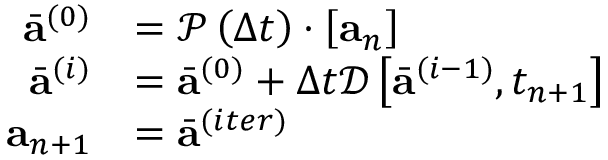
\begin{array} { r } { \begin{array} { r l } { \bar { \mathbf { a } } ^ { ( 0 ) } } & { = \mathcal { P } \left( \Delta t \right) \cdot \left[ \mathbf { a } _ { n } \right] } \\ { \bar { \mathbf { a } } ^ { ( i ) } } & { = \bar { \mathbf { a } } ^ { ( 0 ) } + \Delta t \mathcal { D } \left[ \bar { \mathbf { a } } ^ { ( i - 1 ) } , t _ { n + 1 } \right] } \\ { \mathbf { a } _ { n + 1 } } & { = \bar { \mathbf { a } } ^ { ( i t e r ) } } \end{array} } \end{array}